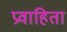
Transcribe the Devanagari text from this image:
प्रवाहिता